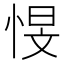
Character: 㥗